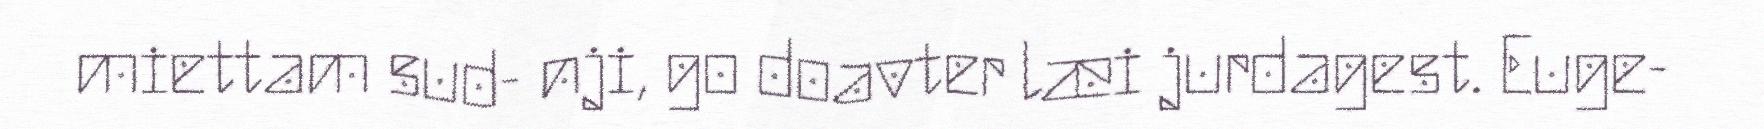
miettam sud- nji, go doavter læi jurdagest. Euge-